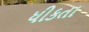
ધીકતા